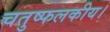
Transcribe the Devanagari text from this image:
चतुष्फलकीय।